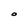
Character: O